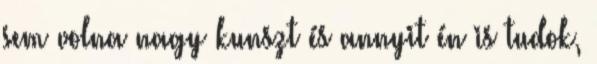
sem volna nagy kunszt és annyit én is tudok,